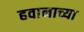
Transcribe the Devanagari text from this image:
हवानाच्या